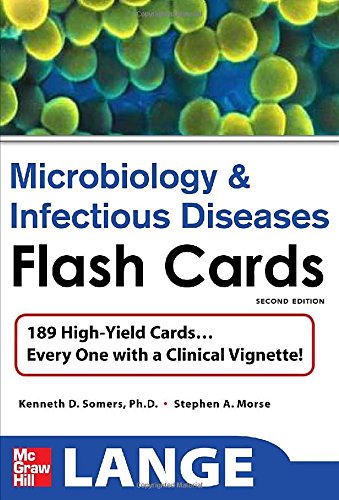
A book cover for Lange Microbiology and Infectious Diseases Flash Cards, Second Edition (LANGE FlashCards); Kenneth D. Somers; Medical Books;